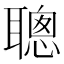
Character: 聰